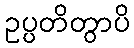
ဥပ္ပတိတွာပိ